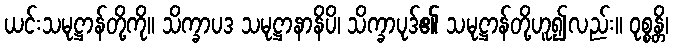
ယင်းသမုဋ္ဌာန်တို့ကို။ သိက္ခာပဒ သမုဋ္ဌာနာနိပိ၊ သိက္ခာပုဒ်၏ သမုဋ္ဌာန်တို့ဟူ၍လည်း။ ဝုစ္စန္တိ၊